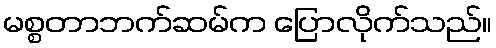
မစ္စတာဘက်ဆမ်က ပြောလိုက်သည်။